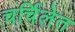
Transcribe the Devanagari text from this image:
चर्चिलेत